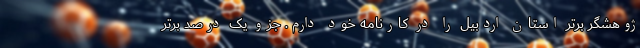
ژوهشگر برتر استان اردبیل را در کارنامه خود دارم. جزو یک درصد برتر